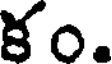
కం.